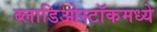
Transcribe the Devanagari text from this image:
ब्लाडिओस्टॉकमध्ये